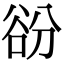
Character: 𧮱